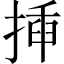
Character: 揷